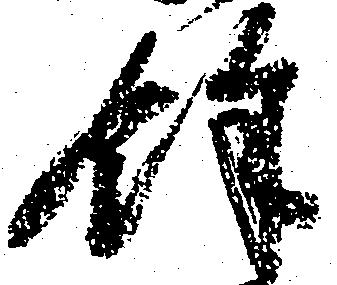
余